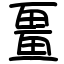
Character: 畺